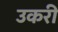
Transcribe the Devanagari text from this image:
उकरी